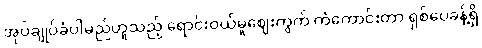
အုပ်ချုပ်ခံပါမည်ဟူသည့် ရောင်းဝယ်မှုဈေးကွက် ကံကောင်းတာ ရှစ်ပေခန့်ရှိ